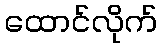
ထောင်လိုက်